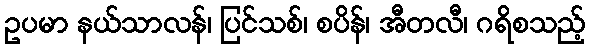
ဥပမာ နယ်သာလန်၊ ပြင်သစ်၊ စပိန်၊ အီတလီ၊ ဂရိစသည့်